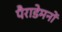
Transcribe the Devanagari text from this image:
पैराडेमनों